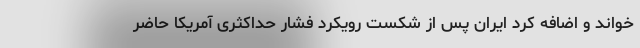
خواند و اضافه کرد ایران پس از شکست رویکرد فشار حداکثری آمریکا حاضر